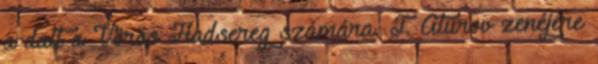
a dalt a Vörös Hadsereg számára. T. Aturov zenéjére